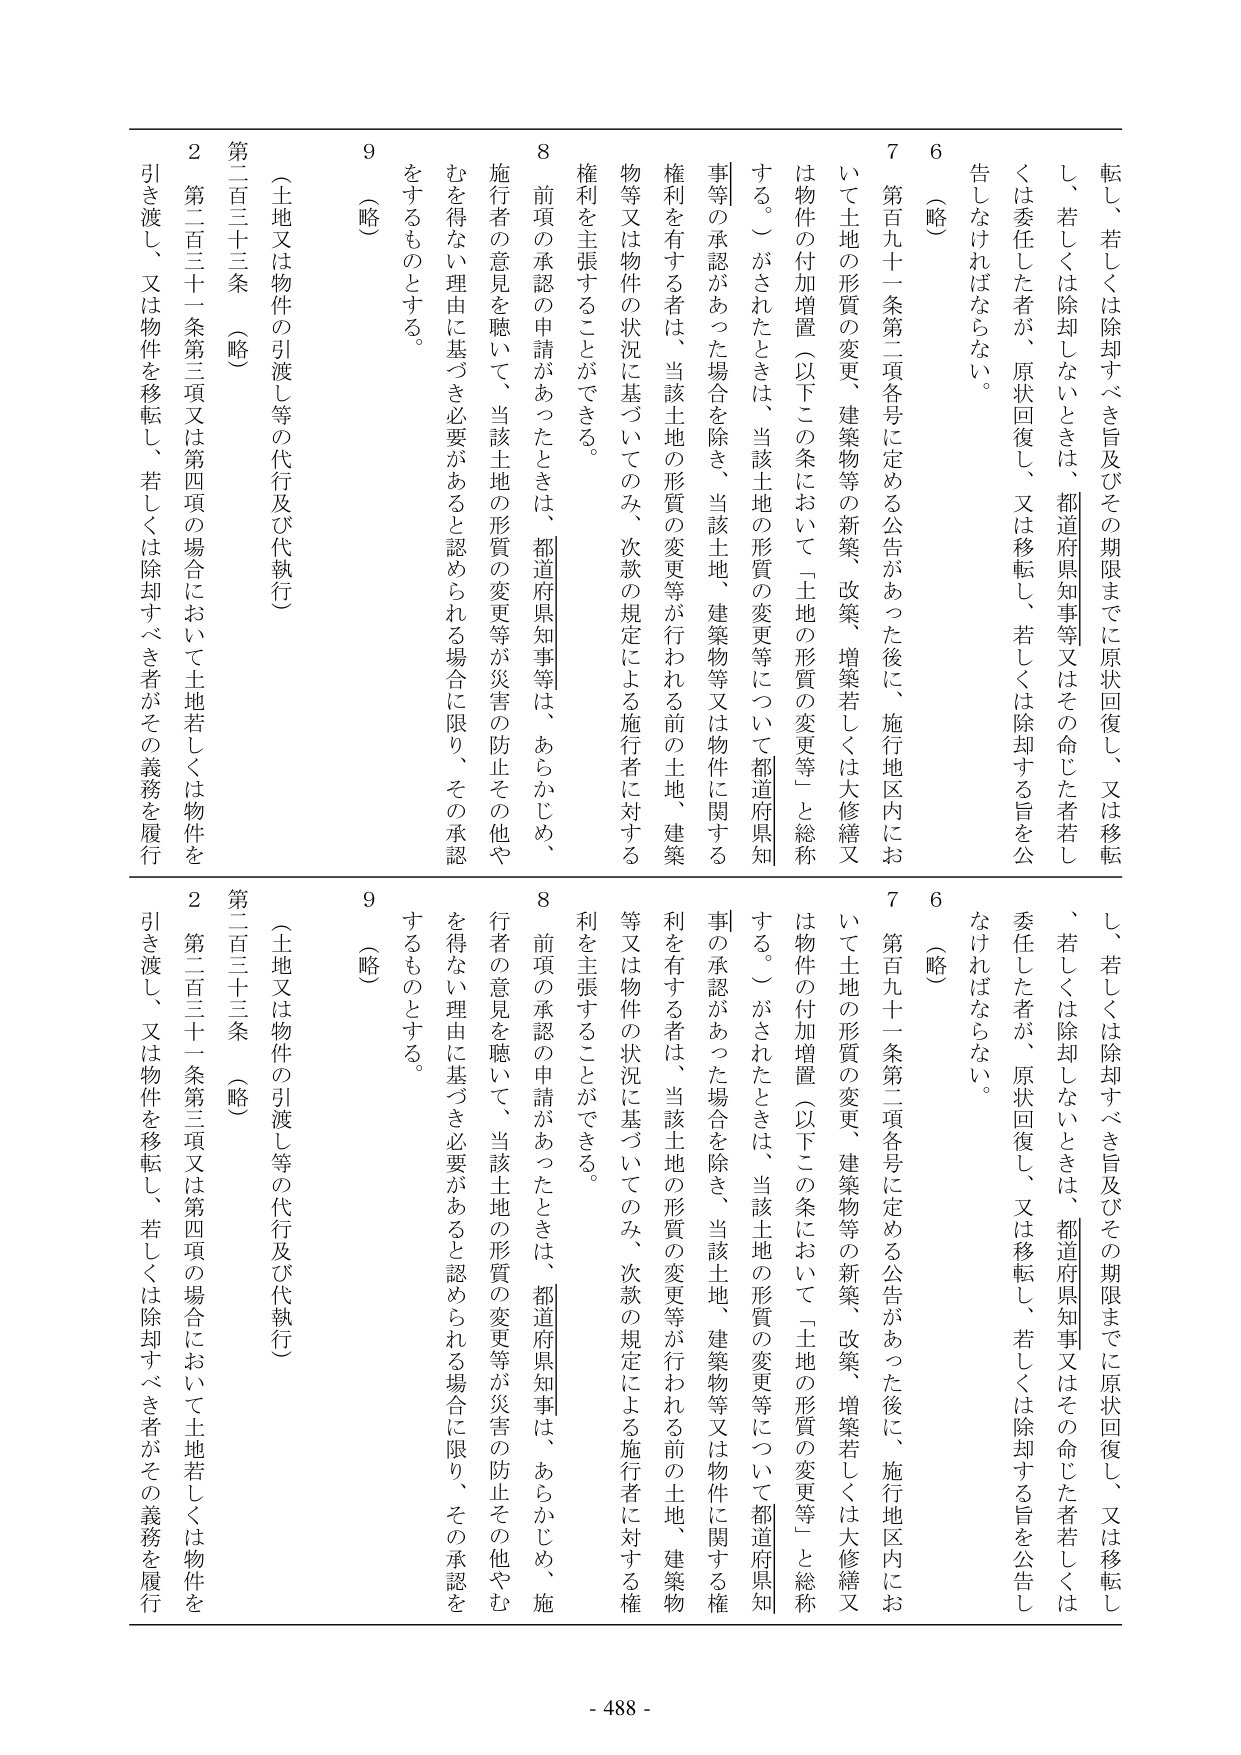
転し、若しくは除却すべき旨及びその期限までに原状回復し、又は移転し、若しくは除却しないときは、都道府県知事等又はその命じた者若しくは委任した者が、原状回復し、又は移転し、若しくは除却する旨を公告しなければならない。

6 （略）

7 第百九十一条第二項各号に定める公告があった後に、施行地区内において土地の形質の変更、建築物等の新築、改築、増築若しくは大修繕又は物件の付加増置（以下この条において「土地の形質の変更等」と総称する。）がされたときは、当該土地の形質の変更等について都道府県知事等の承認があった場合を除き、当該土地、建築物等又は物件に関する権利を有する者は、当該土地の形質の変更等が行われる前の土地、建築物等又は物件の状況に基づいてのみ、次款の規定による施行者に対する権利を主張することができる。

8 前項の承認の申請があったときは、都道府県知事等は、あらかじめ、施行者の意見を聴いて、当該土地の形質の変更等が災害の防止その他やむを得ない理由に基づき必要があると認められる場合に限り、その承認をするものとする。

9 （略）

（土地又は物件の引渡し等の代行及び代執行）

第二百三十三条 （略）

2 第二百三十一条第三項又は第四項の場合において土地若しくは物件を引き渡し、又は物件を移転し、若しくは除却すべき者がその義務を履行

転し、若しくは除却すべき旨及びその期限までに原状回復し、又は移転し、若しくは除却しないときは、都道府県知事等又はその命じた者若しくは委任した者が、原状回復し、又は移転し、若しくは除却する旨を公告しなければならない。

6 （略）

7 第百九十一条第二項各号に定める公告があった後に、施行地区内において土地の形質の変更、建築物等の新築、改築、増築若しくは大修繕又は物件の付加増置（以下この条において「土地の形質の変更等」と総称する。）がされたときは、当該土地の形質の変更等について都道府県知事等の承認があった場合を除き、当該土地、建築物等又は物件に関する権利を有する者は、当該土地の形質の変更等が行われる前の土地、建築物等又は物件の状況に基づいてのみ、次款の規定による施行者に対する権利を主張することができる。

8 前項の承認の申請があったときは、都道府県知事は、あらかじめ、施行者の意見を聴いて、当該土地の形質の変更等が災害の防止その他やむを得ない理由に基づき必要があると認められる場合に限り、その承認をするものとする。

9 （略）

（土地又は物件の引渡し等の代行及び代執行）

第二百三十三条 （略）

2 第二百三十一条第三項又は第四項の場合において土地若しくは物件を引き渡し、又は物件を移転し、若しくは除却すべき者がその義務を履行

- 488 -